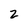
Character: 2